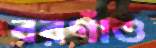
বরগাঁও